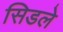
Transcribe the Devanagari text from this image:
सिडले